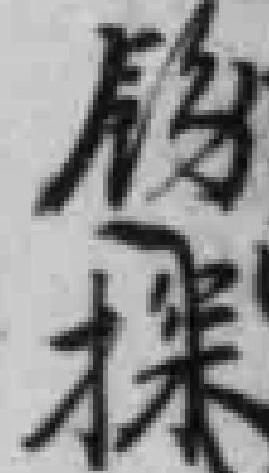
*探